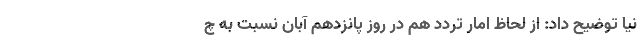
نیا توضیح داد: از لحاظ امار تردد هم در روز پانزدهم آبان نسبت به چ